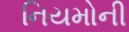
નિયમોની